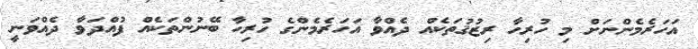
އަހަރެމެންނަށް މި ހުރިހާ ރިޒުޤުތަކެއް ދެއްވާ އަހަރެމެންގެ ހުރިހާ ބޭނުންތަކެއް ފުއްދަވާ ދެއްވަނީ